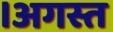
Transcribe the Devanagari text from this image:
।अगस्त